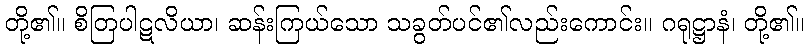
တို့၏။ စိတြပါဋလိယာ၊ ဆန်းကြယ်သော သခွတ်ပင်၏လည်းကောင်း။ ဂရုဋ္ဌာနံ၊ တို့၏။